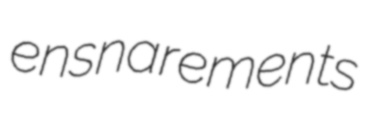
ensnarements